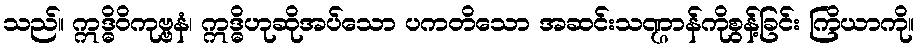
သည်။ ဣဒ္ဓိဝိကုဗ္ဗနံ၊ ဣဒ္ဓိဟုဆိုအပ်သော ပကတိသော အဆင်းသဏ္ဌာန်ကိုစွန့်ခြင်း ကြိယာကို။